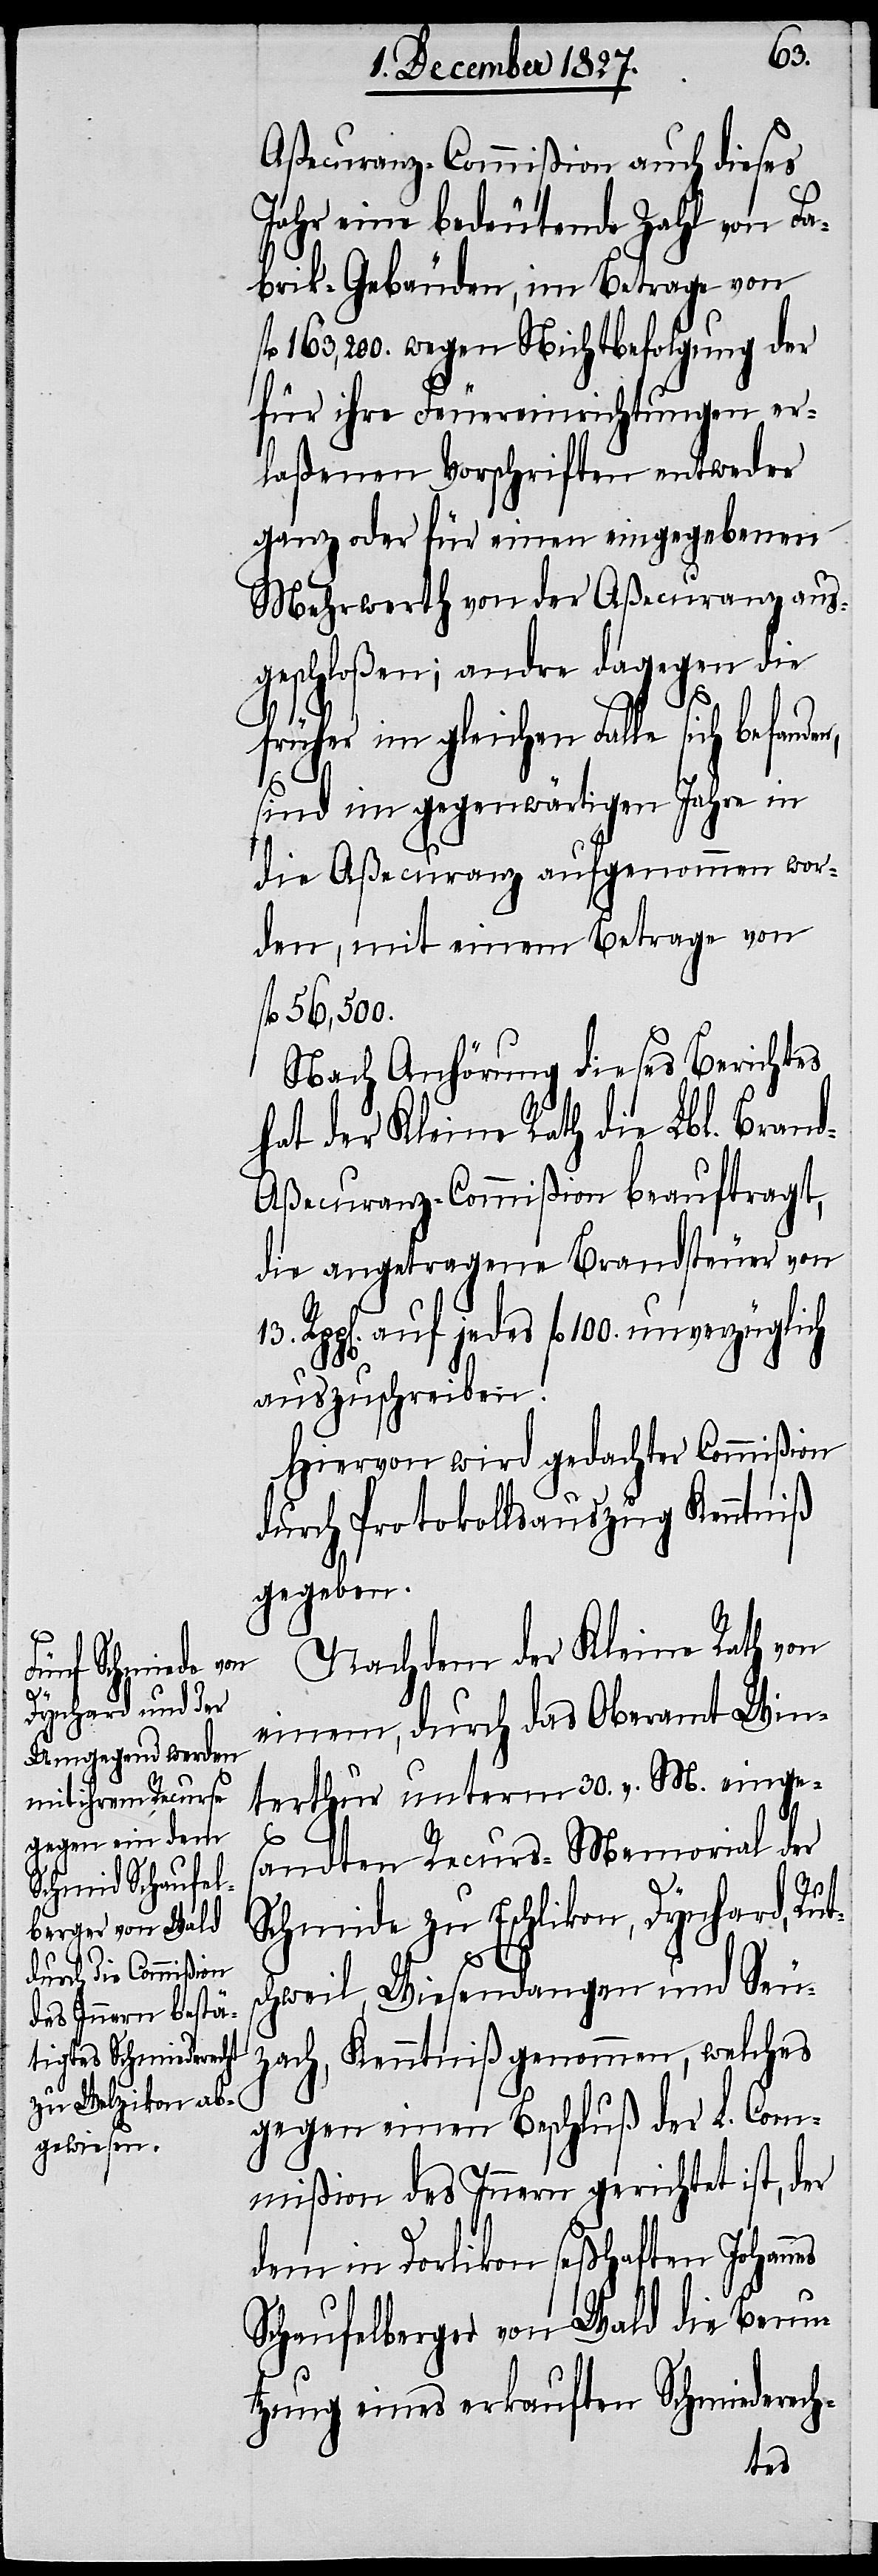
13.

Aßecuranz-Commißion auch dieses
Jahr eine bedeutende Zahl von Fa¬
brik-Gebäuden, im Betrage von
fl. 163,200. wegen Nichtbefolgung der
für ihre Feuereinrichtungen er¬
laßenen Vorschriften entweder
ganz oder für einen eingegebenen
Mehrwerth von der Aßecuranz aus¬
geschloßen; andre dagegen die
früher im gleichen Falle sich befanden,
sind im gegenwärtigen Jahre in
die Aßecuranz aufgenommen wor¬
den, mit einem Betrage von
fl. 56,500.
Nach Anhörung dieses Berichtes
hat der Kleine Rath die Lbl. Bran¬
d-Aßecuranz-Commißion beauftragt,
die angetragene Brandsteuer von
auf jedes fl. 100. unverzüglich
auszuschreiben.
Hiervon wird gedachter Commißion
durch Protokollsauszug Kenntniß
gegeben.
Nachdem der Kleine Rath von
einem, durch das Oberamt Win¬
terthur unterm 30. v. M. einge¬
sandten Recurs-Memorial der
Schmide zu Eschlikon, Dynhard, Rut¬
schweil, Wiesendangen und Seu¬
zach, Kenntniß genommen, welches
gegen einen Beschluß der L. Com¬
mißion des Innern gerichtet ist, der
dem in Dorlikon seßhaften Johan¬
Schaufelberger von Wald die Benu¬
tzung eines erkauften Schmiederech-
nes